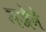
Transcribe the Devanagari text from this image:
मजेने